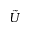
\tilde { U }